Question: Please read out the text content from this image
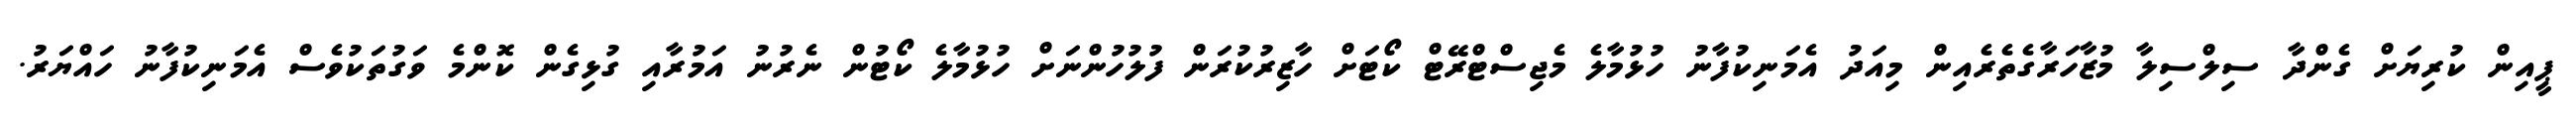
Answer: ޕީއިން ކުރިޔަށް ގެންދާ ސިލްސިލާ މުޒާހަރާގެތެރެއިން މިއަދު އެމަނިކުފާނު ހުޅުމާލެ މެޖިސްޓްރޭޓް ކޯޓަށް ހާޒިރުކުރަން ފުލުހުންނަށް ހުޅުމާލެ ކޯޓުން ނެރުނު އަމުރާއި ގުޅިގެން ކޮންމެ ވަގުތަކުވެސް އެމަނިކުފާނު ހައްޔަރު.